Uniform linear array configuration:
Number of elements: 4
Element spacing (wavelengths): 0.5
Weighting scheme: blackman
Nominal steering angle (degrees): -60
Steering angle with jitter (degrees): -59.416
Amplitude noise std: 0.05
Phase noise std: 0.05

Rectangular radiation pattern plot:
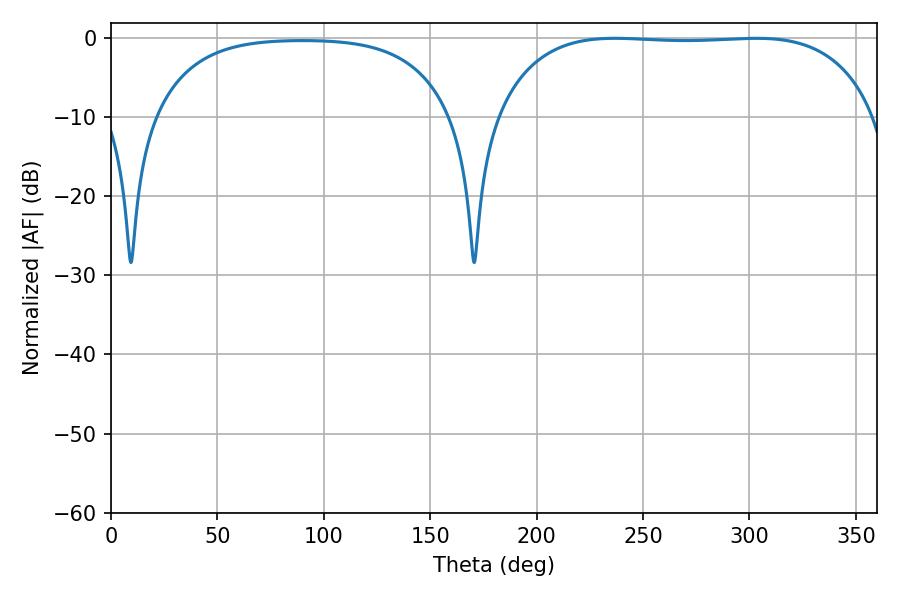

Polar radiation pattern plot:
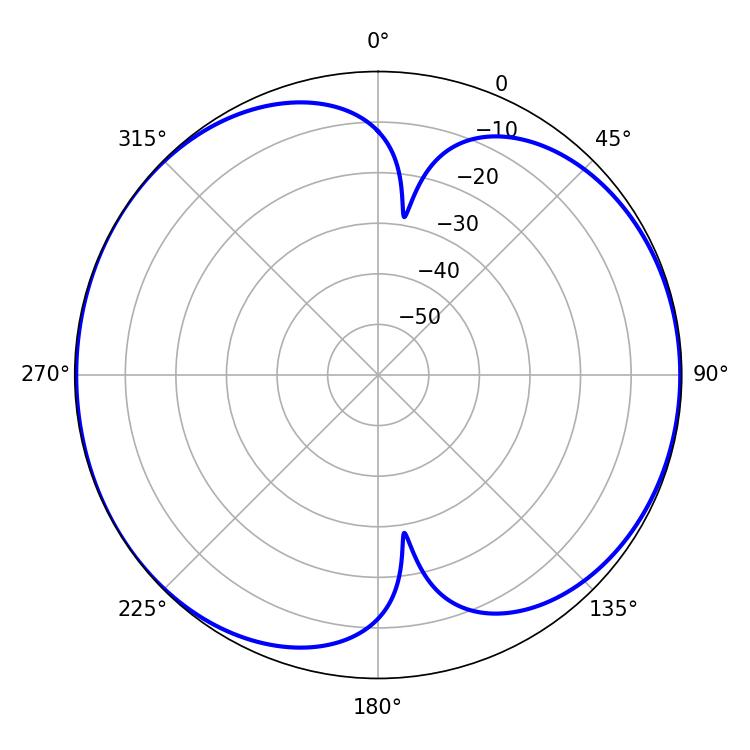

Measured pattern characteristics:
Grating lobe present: FALSE
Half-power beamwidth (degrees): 140.4
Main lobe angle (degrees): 236.88